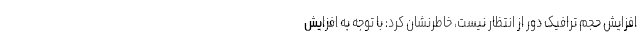
افزایش حجم ترافیک دور از انتظار نیست، خاطرنشان کرد: با توجه به افزایش